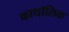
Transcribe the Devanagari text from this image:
काथॉलिक